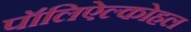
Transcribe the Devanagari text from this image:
पॉलिऐल्कोहल